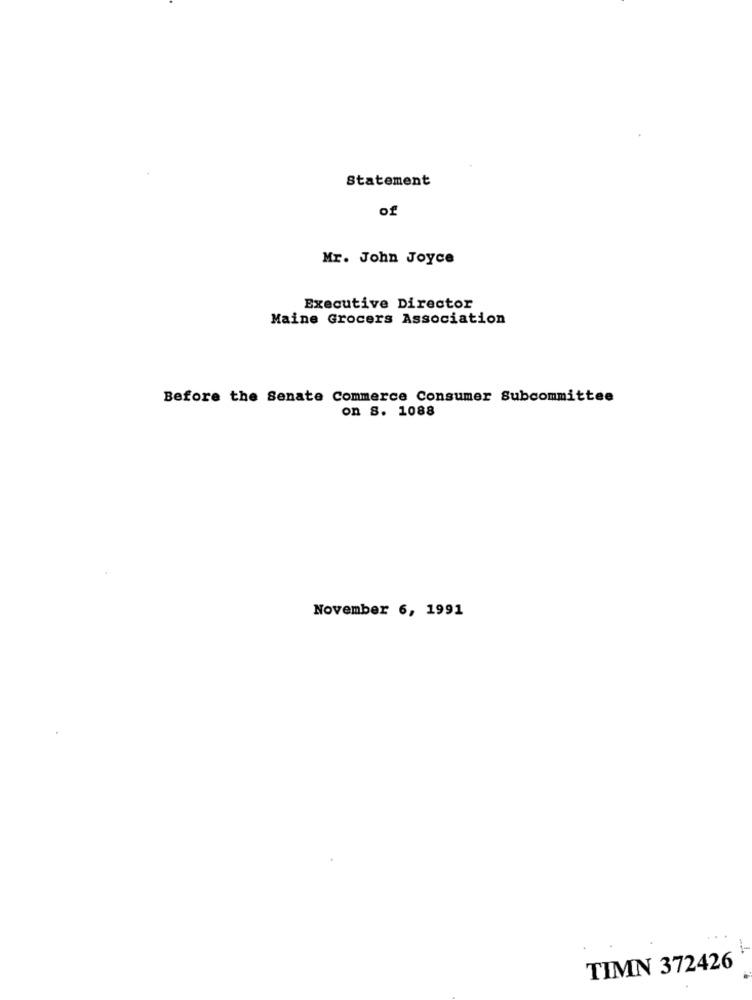
Statement
of
Mr. John Joyce
Executive Director
Maine Grocers Association
Before the Senate Commerce Consumer Subcommittee
on 8. 1088
November 6, 1991
TIMN 372426